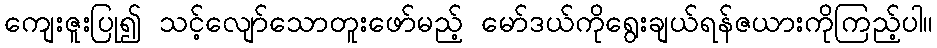
ကျေးဇူးပြု၍ သင့်လျော်သောတူးဖော်မည့် မော်ဒယ်ကိုရွေးချယ်ရန်ဇယားကိုကြည့်ပါ။